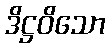
ဒိဋ္ဌဝိသော